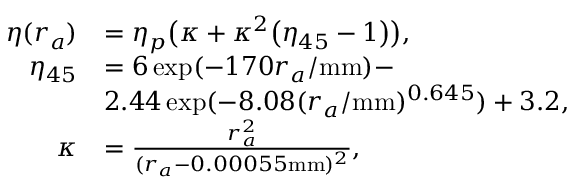
\begin{array} { r l } { \eta ( r _ { a } ) } & { = \eta _ { p } \bigl ( \kappa + \kappa ^ { 2 } \bigl ( \eta _ { 4 5 } - 1 \bigr ) \bigr ) , } \\ { \eta _ { 4 5 } } & { = 6 \exp ( - 1 7 0 r _ { a } / \mathrm { m m } ) - } \\ & { 2 . 4 4 \exp ( - 8 . 0 8 ( r _ { a } / \mathrm { m m } ) ^ { 0 . 6 4 5 } ) + 3 . 2 , } \\ { \kappa } & { = \frac { r _ { a } ^ { 2 } } { ( r _ { a } - 0 . 0 0 0 5 5 \mathrm { m m } ) ^ { 2 } } , } \end{array}